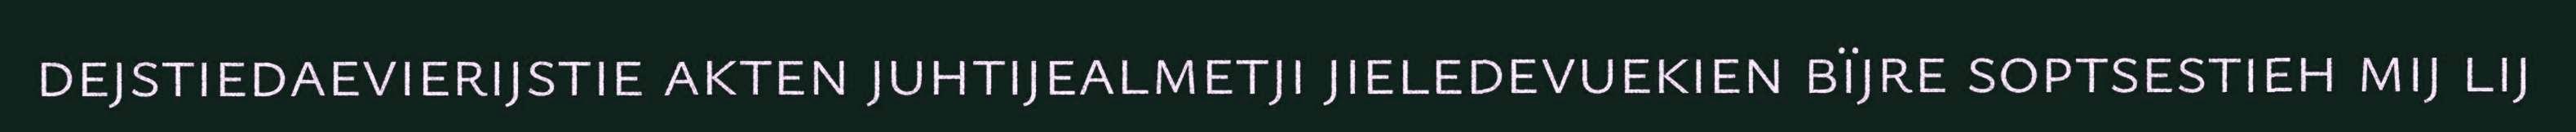
dejstiedaevierijstie akten juhtijealmetji jieledevuekien bïjre soptsestieh mij lij